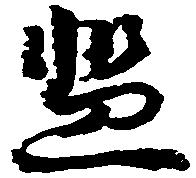
濫